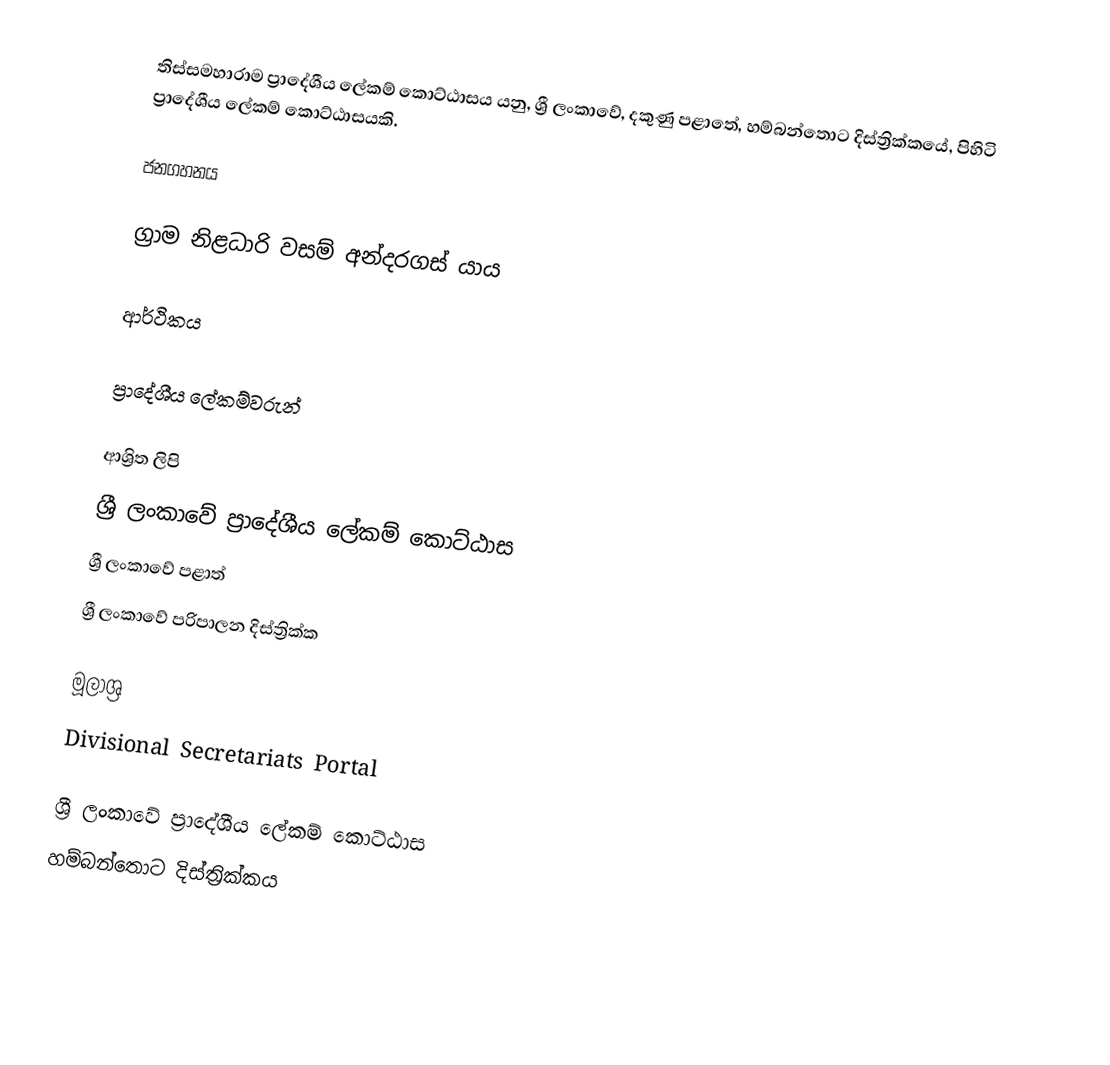
තිස්සමහාරාම ප්‍රාදේශීය ලේකම් කොට්ඨාසය යනු,  ශ්‍රී ලංකාවේ, දකුණු පළාතේ,   හම්බන්තොට දිස්ත්‍රික්කයේ, පිහිටි ප්‍රාදේශීය ලේකම් කොට්ඨාසයකි.

ජනගහනය

ග්‍රාම නිළධාරි වසම්  අන්දරගස්‍ යාය

ආර්ථිකය

ප්‍රාදේශීය ලේකම්වරුන්

ආශ්‍රිත ලිපි
ශ්‍රී ලංකාවේ ප්‍රාදේශීය ලේකම් කොට්ඨාස
ශ්‍රී ලංකාවේ පළාත්
ශ්‍රී ලංකාවේ පරිපාලන දිස්ත්‍රික්ක

මූලාශ්‍ර
 Divisional Secretariats Portal

ශ්‍රී ලංකාවේ ප්‍රාදේශීය ලේකම් කොට්ඨාස
හම්බන්තොට දිස්ත්‍රික්කය